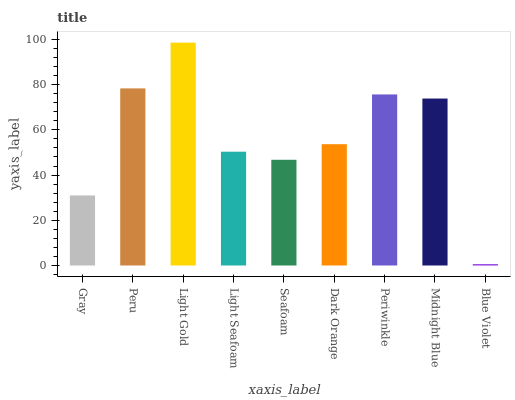
| xaxis_label | bars |
 | --- | --- |
 | Gray | 31 |
 | Peru | 78.3 |
 | Light Gold | 98.6 |
 | Light Seafoam | 50.3 |
 | Seafoam | 46.8 |
 | Dark Orange | 53.7 |
 | Periwinkle | 75.7 |
 | Midnight Blue | 73.9 |
 | Blue Violet | 0.588 |